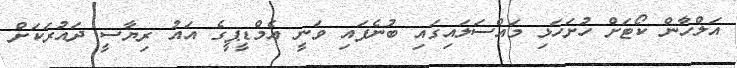
އަލްހާން ކޯޓަށް ހުށަހަޅި މައްސަލައިގައި ބުނެފައި ވަނީ އެމްޑީޕީގެ އައު ރިޔާސީ ދައުރަކަށް